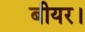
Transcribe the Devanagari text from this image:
बीयर।